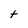
Character: t